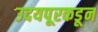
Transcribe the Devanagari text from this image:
उदयपूरकडून